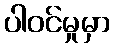
ပါဝင်မှုမှာ